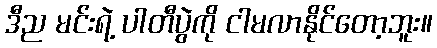
ဒီည မင်းရဲ့ ပါတီပွဲကို ငါမလာနိုင်တော့ဘူး။